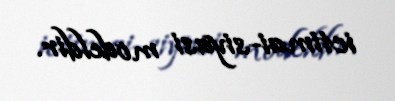
ictimai-siyasi modeldir.